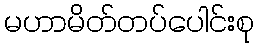
မဟာမိတ်တပ်ပေါင်းစု